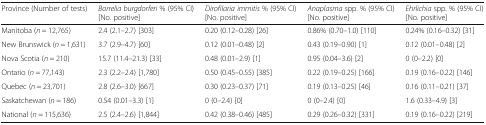
<table><thead><tr><td><b>Province (Number of tests)</b></td><td><b><i>Borrelia burgdorferi</i> % (95% CI) [No. positive]</b></td><td><b><i>Dirofilaria immitis</i> % (95% CI) [No. positive]</b></td><td><b><i>Anaplasma</i> spp. % (95% CI) [No. positive]</b></td><td><b><i>Ehrlichia</i> spp. % (95% CI) [No. positive]</b></td></tr></thead><tbody><tr><td>Manitoba (<i>n</i> = 12,765)</td><td>2.4 (2.1–2.7) [303]</td><td>0.20 (0.12–0.28) [26]</td><td>0.86% (0.70–1.0) [110]</td><td>0.24% (0.16–0.32) [31]</td></tr><tr><td>New Brunswick (<i>n</i> = 1,631)</td><td>3.7 (2.9–4.7) [60]</td><td>0.12 (0.01–0.48) [2]</td><td>0.43 (0.19–0.90) [1]</td><td>0.12 (0.01–0.48) [2]</td></tr><tr><td>Nova Scotia (<i>n</i> = 210)</td><td>15.7 (11.4–21.3) [33]</td><td>0.48 (0.01–2.9) [1]</td><td>0.95 (0.04–3.6) [2]</td><td>0 (0–2.2) [0]</td></tr><tr><td>Ontario (<i>n</i> = 77,143)</td><td>2.3 (2.2–2.4) [1,780]</td><td>0.50 (0.45–0.55) [385]</td><td>0.22 (0.19–0.25) [166]</td><td>0.19 (0.16–0.22) [146]</td></tr><tr><td>Quebec (<i>n</i> = 23,701)</td><td>2.8 (2.6–3.0) [667]</td><td>0.30 (0.23–0.37) [71]</td><td>0.19 (0.13–0.25) [46]</td><td>0.16 (0.11–0.21) [37]</td></tr><tr><td>Saskatchewan (<i>n</i> = 186)</td><td>0.54 (0.01–3.3) [1]</td><td>0 (0–2.4) [0]</td><td>0 (0–2.4) [0]</td><td>1.6 (0.33–4.9) [3]</td></tr><tr><td>National (<i>n</i> = 115,636)</td><td>2.5 (2.4–2.6) [1,844]</td><td>0.42 (0.38–0.46) [485]</td><td>0.29 (0.26–0.32) [331]</td><td>0.19 (0.16–0.22) [219]</td></tr></tbody></table>